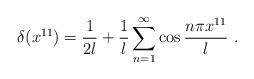
LaTeX: \begin{align*}\delta(x^{11})={{1}\over{2l}}+{{1}\over{l}}\sum_{n=1}^{\infty}\cos{{n\pi x^{11}}\over{l}} \ . \end{align*}